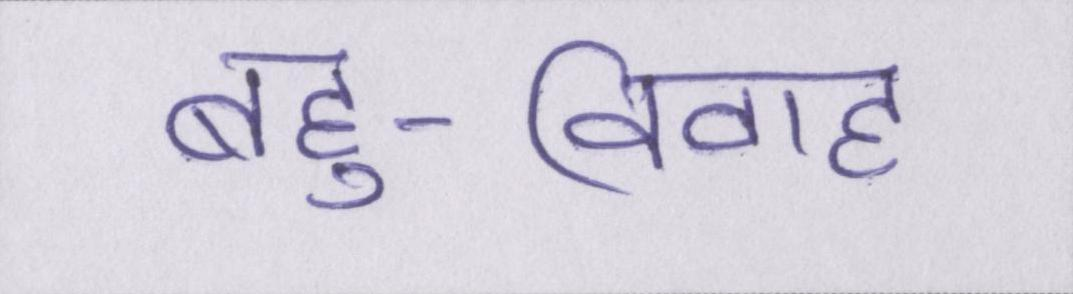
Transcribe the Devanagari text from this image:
बहु-विवाह